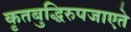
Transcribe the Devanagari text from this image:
कृतबुद्धिरुपजाएते